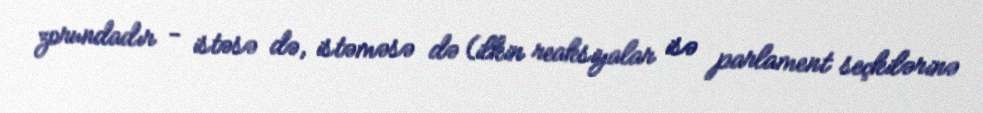
zorundadır - istəsə də, istəməsə də (ilkin reaksiyalar isə parlament seçkilərinə